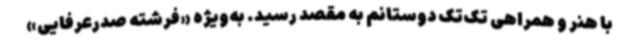
با هنر و همراهی تک‌تک دوستانم به مقصد رسید. به‌ویژه «فرشته صدرعرفایی»